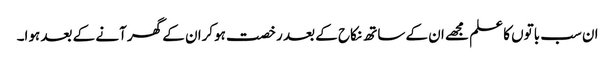
ان سب باتوں کا علم مجھے ان کے ساتھ نکاح کے بعد رخصت ہوکران کے گھر آنے کے بعد ہوا۔